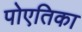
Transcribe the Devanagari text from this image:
पोएतिका